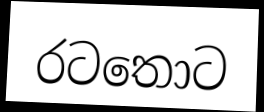
රටතොට